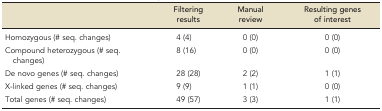
<table><thead><tr><td></td><td><b>Filtering results</b></td><td><b>Manual review</b></td><td><b>Resulting genes of interest</b></td></tr></thead><tbody><tr><td>Homozygous (# seq. changes)</td><td>4 (4)</td><td>0 (0)</td><td>0 (0)</td></tr><tr><td>Compound heterozygous (# seq. changes)</td><td>8 (16)</td><td>0 (0)</td><td>0 (0)</td></tr><tr><td>De novo genes (# seq. changes)</td><td>28 (28)</td><td>2 (2)</td><td>1 (1)</td></tr><tr><td>X-linked genes (# seq. changes)</td><td>9 (9)</td><td>1 (1)</td><td>0 (0)</td></tr><tr><td>Total genes (# seq. changes)</td><td>49 (57)</td><td>3 (3)</td><td>1 (1)</td></tr></tbody></table>